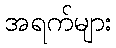
အရက်များ